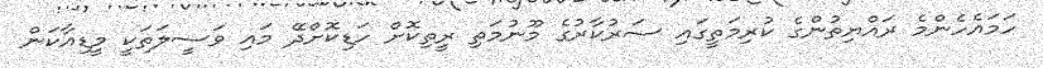
ހަމައެހެންމެ ރައްޔިތުންގެ ކުރިމަތީގައި ސަރުކާރުގެ މޫނުމަތި ރީތިކޮށް ހަޑިކޮށްދޭ މައި ވަސީލަތަކީ މީޑިއާކަން